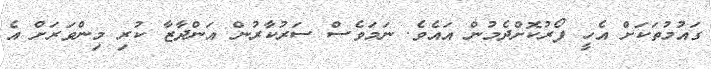
ގައުމުތަކަށް އެހީ ފޯރުކޮށްދެމުން އައެވެ. ނަމަވެސް ސަރުކާރުން އަންދާޒާ ކުރި މިންވަރަށް އެ